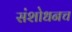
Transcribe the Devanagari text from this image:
संशोधनच